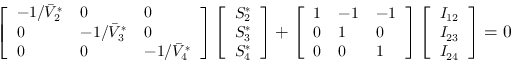
\begin{array} { r } { \small \left[ \begin{array} { l l l } { - 1 / \bar { V } _ { 2 } ^ { * } } & { 0 } & { 0 } \\ { 0 } & { - 1 / \bar { V } _ { 3 } ^ { * } } & { 0 } \\ { 0 } & { 0 } & { - 1 / \bar { V } _ { 4 } ^ { * } } \end{array} \right] \left[ \begin{array} { l } { S _ { 2 } ^ { * } } \\ { S _ { 3 } ^ { * } } \\ { S _ { 4 } ^ { * } } \end{array} \right] + \left[ \begin{array} { l l l } { 1 } & { - 1 } & { - 1 } \\ { 0 } & { 1 } & { 0 } \\ { 0 } & { 0 } & { 1 } \end{array} \right] \left[ \begin{array} { l } { I _ { 1 2 } } \\ { I _ { 2 3 } } \\ { I _ { 2 4 } } \end{array} \right] = 0 } \end{array}